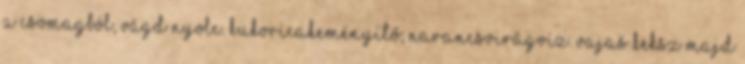
a csomagból, vágd nyolc. Kukoricakeményítő; narancsvirágvíz. Vajas keksz majd